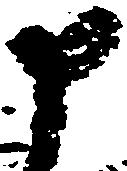
申